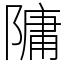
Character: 䧡